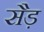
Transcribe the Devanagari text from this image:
सैड़